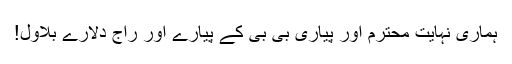
ہماری نہایت محترم اور پیاری بی بی کے پیارے اور راج دلارے بلاول!